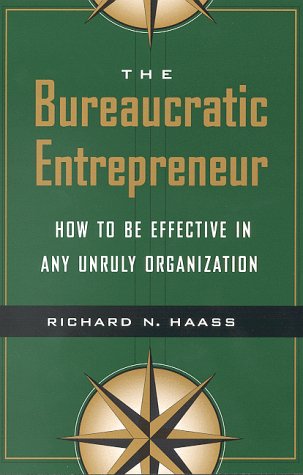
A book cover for The Bureaucratic Entrepreneur: How to Be Effective in Any Unruly Organization; Richard N. Haass; Business & Money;